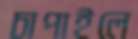
চাপাইলে